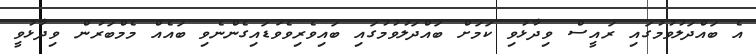
އެ ބައްދަލުވުމުގައި ރައީސް ވިދާޅުވި ކަމަށް ބައްދަލުވުމުގައި ބައިވެރިވެވަޑައިގެންނެވި ބައެއް މެމްބަރުން ވިދާޅުވީ